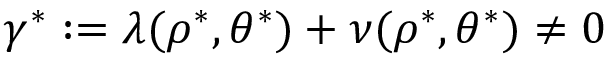
\gamma ^ { \ast } : = \lambda ( \rho ^ { \ast } , \theta ^ { \ast } ) + \nu ( \rho ^ { \ast } , \theta ^ { \ast } ) \neq 0